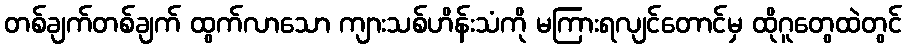
တစ်ချက်တစ်ချက် ထွက်လာသော ကျားသစ်ဟိန်းသံကို မကြားရလျင်တောင်မှ ထိုဂူတွေထဲတွင်